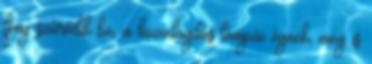
fény szűrődik be, a közvilágítás lámpái égnek, meg is